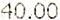
40.00